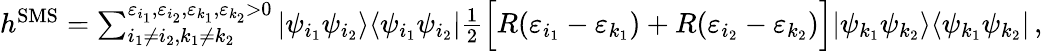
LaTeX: \begin{array}{r}{h^{\mathrm{SMS}}=\sum_{i_{1}\neq i_{2},k_{1}\neq k_{2}}^{\varepsilon_{i_{1}},\varepsilon_{i_{2}},\varepsilon_{k_{1}},\varepsilon_{k_{2}}>0}|\psi_{i_{1}}\psi_{i_{2}}\rangle\langle\psi_{i_{1}}\psi_{i_{2}}|\frac{1}{2}\Big[R(\varepsilon_{i_{1}}-\varepsilon_{k_{1}})+R(\varepsilon_{i_{2}}-\varepsilon_{k_{2}})\Big]|\psi_{k_{1}}\psi_{k_{2}}\rangle\langle\psi_{k_{1}}\psi_{k_{2}}|\, ,}\end{array}